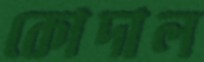
কোদাল